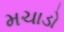
મચાડો